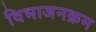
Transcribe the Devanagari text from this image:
विभाजनक्रम